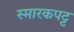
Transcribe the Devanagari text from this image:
स्मारकपट्ट